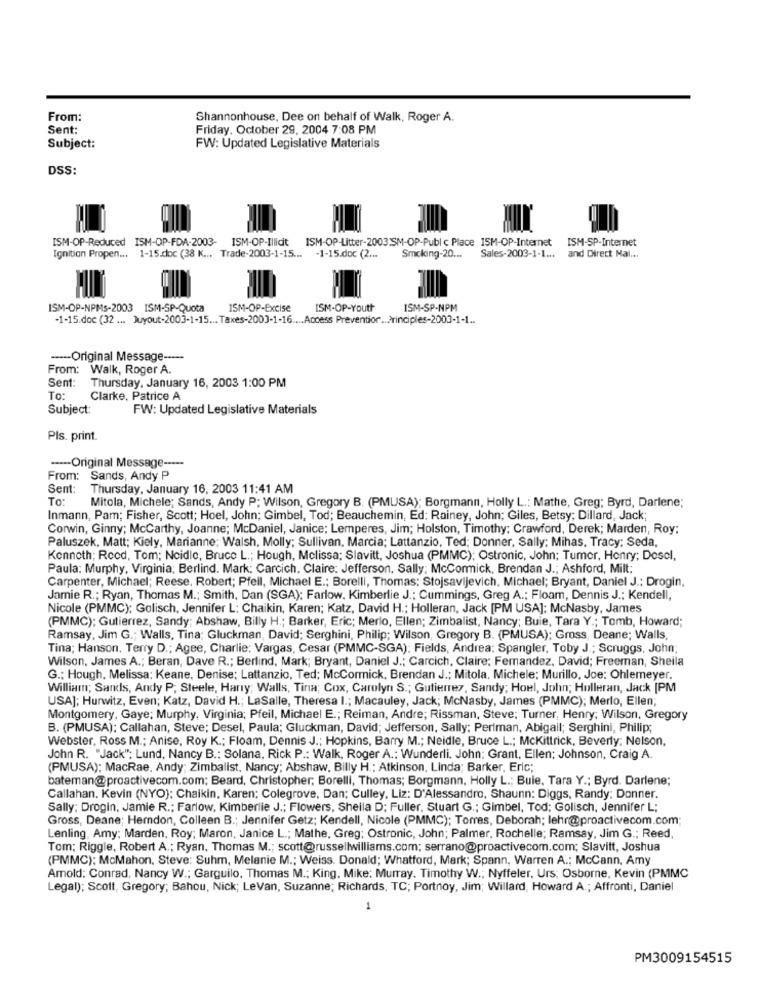
From:
Shannonhouse, Dee on behalf of Walk, Roger A.
Sent:
Friday, October 29, 2004 7:08 PM
Subject:
FW: Updated Legislative Materials
DSS:
ISM-OP-Reduced ISM-OP-FDA-2003-
ISM-OP-Illicit ISM-OP-Litter-2003SM-OP-Publ c Place ISM-OP-Internet
ISM-SP-Internet
Ignition Propen ... 1-15.doc (38 K ... Trade-2003-1-15 ...
-1-15.doc (2 ...
Smcking-20 ...
Sales-2003-1-1 ...
and Direct Mal ...
ISM-OP-NPMS-2003 ISM-SP-Quota
ISM-OP-Excise
ISM-OP-Youth
ISM-SP-NPM
-1-15.doc (32 ... Juyout-2003-1-15 ... Taxes-2003-1-16 .... Access Preventior ... Principles-2003-1-1 ..
----- Original Message -----
From: Walk, Roger A.
Sent:
Thursday, January 16, 2003 1:00 PM
To:
Clarke, Patrice A
Subject:
FW: Updated Legislative Materials
Pls. print.
----- Original Message -----
From: Sands, Andy P
Sent:
Thursday, January 16, 2003 11:41 AM
To:
Mitola, Michele; Sands, Andy P; Wilson, Gregory B. (PMUSA); Borgmann, Holly L .: Mathe, Greg; Byrd, Darlene;
Inmann, Pam; Fisher, Scott; Hoel, John; Gimbel, Tod; Beauchemin, Ed: Rainey, John; Giles, Betsy; Dillard, Jack;
Corwin, Ginny; Mccarthy, Joanne; McDaniel, Janice; Lemperes, Jim; Holston, Timothy; Crawford, Derek; Marden, Roy;
Paluszek, Matt; Kiely, Marianne; Walsh, Molly; Sullivan, Marcia; Lattanzio, Ted; Donner, Sally; Mihas, Tracy; Seda,
Kenneth; Rood, Tom; Neidle, Bruce L .; Hough, Melissa; Slavitt, Joshua (PMMC); Ostronic, John; Tumor, Henry; Desel,
Paula: Murphy, Virginia; Berlind. Mark: Carcich. Claire: Jefferson. Sally; McCormick, Brendan J .; Ashford, Milt:
Carpenter, Michael; Reese, Robert; Pfeil, Michael E .; Borelli, Thomas: Stojsavijevich, Michael; Bryant, Daniel J .: Drogin,
Jamie R .; Ryan, Thomas M .; Smith, Dan (SGA): Farlow. Kimberlie J .; Cummings, Greg A .; Floam, Dennis J .; Kendell,
Nicole (PMMC); Golisch, Jennifer L: Chaikin, Karen; Katz, David H .; Holleran, Jack [PM USA]; McNasby, James
(PMMC); Gutierrez, Sandy; Abshaw, Billy H .; Barker, Eric; Merlo, Ellen; Zimbalist, Nancy; Buie, Tara Y .; Tomb, Howard;
Ramsay, Jim G .; Walls, Tina; Gluckman, David; Serghini, Philip; Wilson, Gregory B. (PMUSA); Gross, Deane; Walls,
Tina; Hanson. Terry D .; Agee, Charlie: Vargas, Cesar (PMMC-SGA): Fields, Andrea: Spangler, Toby J .; Scruggs, John;
Wilson, James A .; Beran, Dave R .; Berlind, Mark; Bryant, Daniel J .; Carcich, Claire; Fernandez, David; Freeman, Sheila
G .; Hough, Melissa: Keane, Denise; Lattanzio, Ted; McCormick, Brendan J .; Mitola. Michele; Murillo, Joe: Ohlemeyer.
William; Sands, Andy P. Steele, Harry; Walls, Tina; Cox, Carolyn S .; Gutierrez, Sandy; Hoel, John; Holleran, Jack [PM
USA]; Hurwitz, Even; Katz, David H .; LaSalle, Theresa I .; Macauley, Jack; McNasby, James (PMMC); Merlo, Ellen;
Montgomery, Gaye; Murphy, Virginia; Pfeil, Michael E .; Reiman, Andre; Rissman, Steve; Turner, Henry; Wilson, Gregory
B. (PMUSA); Callahan, Steve; Desel, Paula; Gluckman, David; Jefferson, Sally; Perlman, Abigail; Serghini, Philip;
Webster, Ross M .; Anise, Roy K .; Floam, Dennis J .; Hopkins, Barry M .; Neidle, Bruce L .; McKittrick, Beverly; Nelson,
John R. "Jack"; Lund, Nancy B .: Solana, Rick P .: Walk, Roger A .: Wunderli. John: Grant, Ellen; Johnson, Craig A.
(PMUSA); MacRae, Andy; Zimbalist, Nancy; Abshaw, Billy H .: Atkinson, Linda; Barker, Eric;
bateman@proactivecom.com; Beard, Christopher; Borelli, Thomas; Borgmann, Holly L .; Buie, Tara Y .; Byrd. Darlene;
Callahan. Kevin (NYO): Chaikin, Karen; Colegrove, Dan; Culley, Liz: D'Alessandro, Shaunn: Diggs, Randy; Donner.
Sally: Drogin, Jamie R .: Farlow, Kimberlie J .; Flowers, Sheila D; Fuller, Stuart G .; Gimbel, Tod; Golisch, Jennifer L;
Gross, Deane; Herndon, Colleen B .; Jennifer Getz; Kendell, Nicole (PMMC); Torres, Deborah; lehr@proactivecom.com;
Lenling. Amy: Marden, Roy; Maron, Janice L .; Mathe, Greg; Ostronic, John; Palmer, Rochelle; Ramsay, Jim G .; Reed,
Tom; Riggle, Robert A .; Ryan, Thomas M .; scott@russellwilliams.com; serrano@proactivecom.com; Slavitt, Joshua
(PMMC); McMahon, Steve: Suhm, Melanie M .; Weiss. Donald; Whatford, Mark; Spann, Warren A .; McCann, Amy
Amold: Conrad, Nancy W .; Garguilo, Thomas M .; King, Mike: Murray. Timothy W .; Nyffeler, Urs; Osborne, Kevin (PMMC
Legal); Scott, Gregory; Bahou, Nick; LeVan, Suzanne; Richards, TC; Portnoy, Jim; Willard, Howard A .; Affronti, Daniel
..
PM3009154515